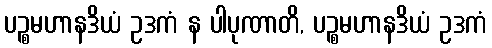
ပဉ္စမဟာနဒိယံ ဥဒကံ န ပါပုဏာတိ, ပဉ္စမဟာနဒိယံ ဥဒကံ